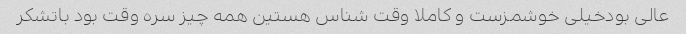
عالی بودخیلی خوشمزست و کاملا وقت شناس هستین همه چیز سره وقت بود باتشکر